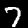
Digit: 7